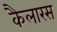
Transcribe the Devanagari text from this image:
कैलारस